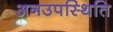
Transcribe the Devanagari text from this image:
अनउपस्थिति